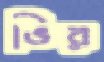
ভির